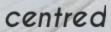
centred